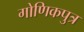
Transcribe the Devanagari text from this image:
गोणिकपुत्र